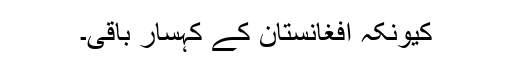
کیونکہ افغانستان کے کہسار باقی۔